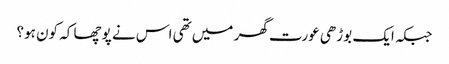
جبکہ ایک بوڑھی عورت گھر میں تھی اس نے پوچھا کہ کون ہو؟